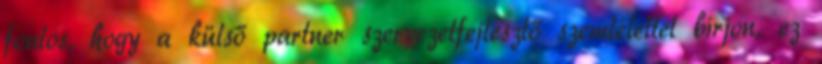
fontos, hogy a külső partner szervezetfejlesztő szemlélettel bírjon, ez